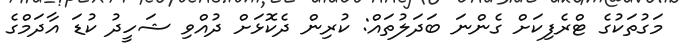
މަގުތަކުގެ ޓްރެފިކަށް ގެންނަ ބަދަލުތައް: ކުރިން ދެކޮޅަށް ދުއްވި ޝަހީދު ކުޑަ އާދަމްގެ